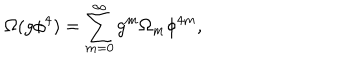
LaTeX: \Omega ( g \phi ^ { 4 } ) = \sum _ { m = 0 } ^ { \infty } g ^ { m } \Omega _ { m } \phi ^ { 4 m } ,